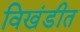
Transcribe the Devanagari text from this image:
विखंडीत